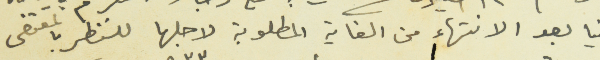
الينا بعد الانتهاء من الغاية المطلوبة لاجلها للنظر بالمقتضى